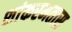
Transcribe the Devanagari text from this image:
शांकरमतास